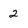
Character: 2